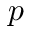
p